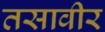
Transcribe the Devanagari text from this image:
तसावीर